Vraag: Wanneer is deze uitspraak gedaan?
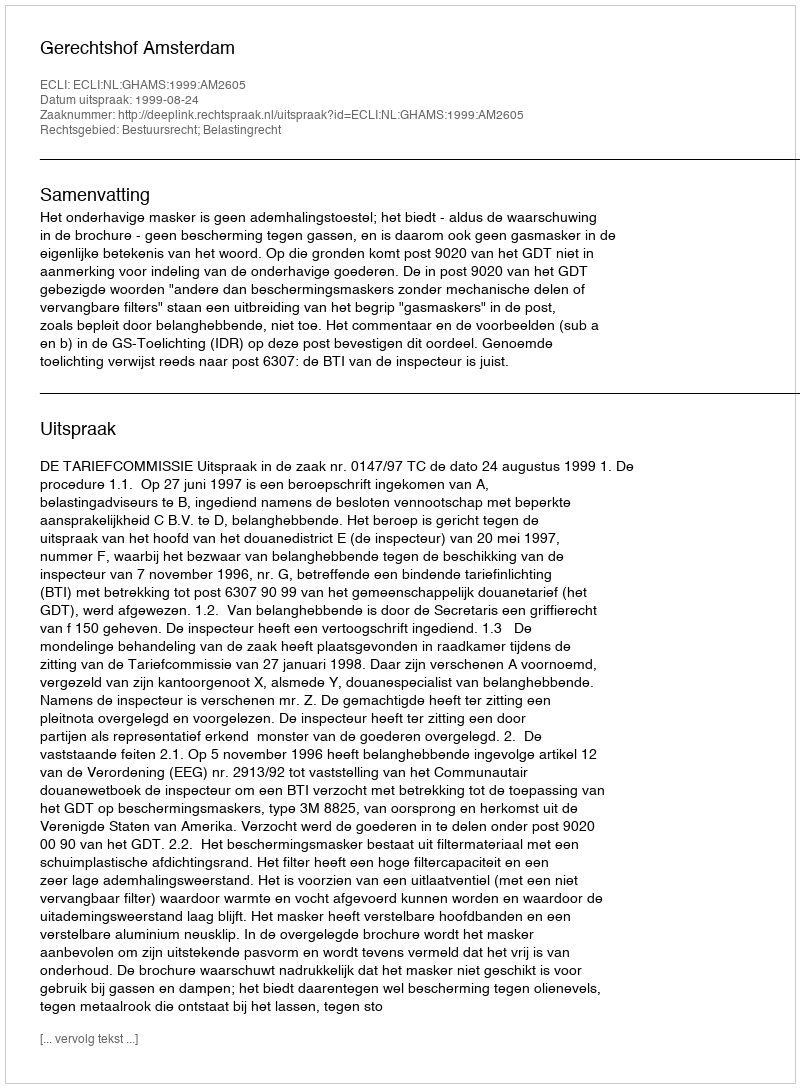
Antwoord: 1999-08-24